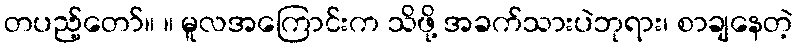
တပည့်တော်။ ။ မူလအကြောင်းက သိဖို့ အခက်သားပဲဘုရား၊ စာချနေတဲ့